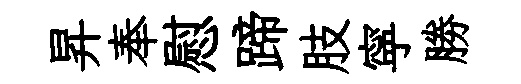
昇奉慰蹄肢寜勝